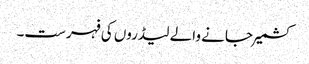
کشمیرجانے والے لیڈروں کی فہرست۔